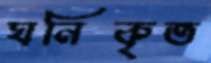
ঘনিকৃত